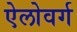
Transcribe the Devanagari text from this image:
ऐलोवर्ग